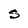
Character: S